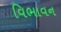
વિભાવન